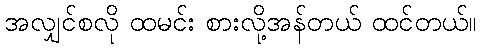
အလျှင်စလို ထမင်း စားလို့အန်တယ် ထင်တယ်။